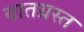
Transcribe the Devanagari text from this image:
वातग्रस्त